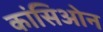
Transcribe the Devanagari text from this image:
कांसिओन